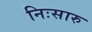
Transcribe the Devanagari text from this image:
निःसारु